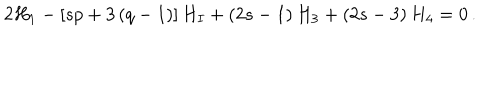
2 H _ { 1 } - \left[ s p + 3 \left( q - 1 \right) \right] H _ { I } + \left( 2 s - 1 \right) H _ { 3 } + \left( 2 s - 3 \right) H _ { 4 } = 0 \, .